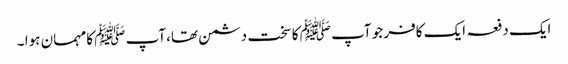
ایک دفعہ ایک کافر جو آپ ﷺ کا سخت دشمن تھا،آپ ﷺ کامہمان ہوا ۔